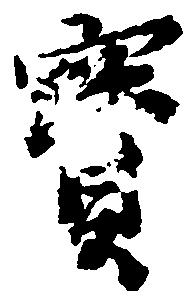
宝